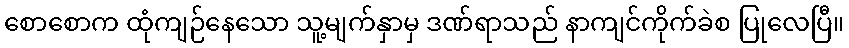
စောစောက ထုံကျဉ်နေသော သူ့မျက်နှာမှ ဒဏ်ရာသည် နာကျင်ကိုက်ခဲစ ပြုလေပြီ။